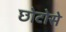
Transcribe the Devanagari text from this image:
छोटोसे